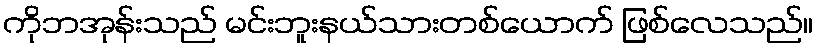
ကိုဘအုန်းသည် မင်းဘူးနယ်သားတစ်ယောက် ဖြစ်လေသည်။